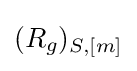
(R_{g})_{S,[m]}